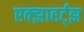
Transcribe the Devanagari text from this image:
एक्झाहर्ट्‌झ